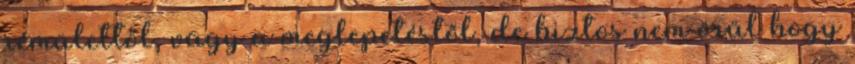
rémülettől, vagy a meglepetéstől, de biztos nem örül hogy